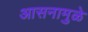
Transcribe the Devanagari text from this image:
आसनामुळे